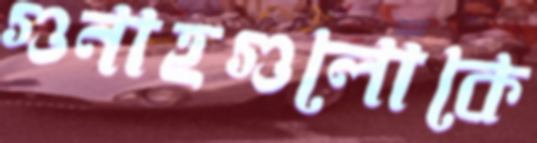
গুনাহগুলোকে